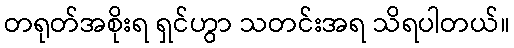
တရုတ်အစိုးရ ရှင်ဟွာ သတင်းအရ သိရပါတယ်။